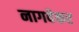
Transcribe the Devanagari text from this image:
नागवेकर